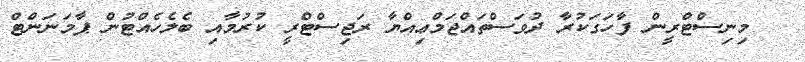
މިނިސްޓްރީން ފާހަގަކުރާ ދުވަސްތައްޖަމްޢިއްޔާ ރަޖިސްޓްރީ ކުރުމާއި ބެލެހެއްޓުން ޕާމަނަންޓް